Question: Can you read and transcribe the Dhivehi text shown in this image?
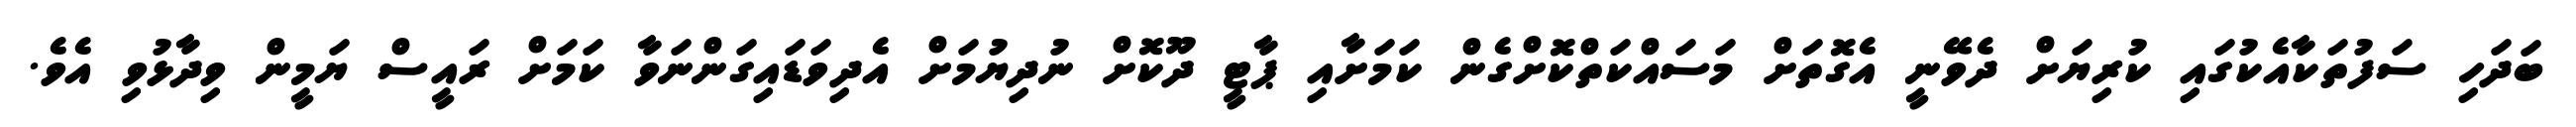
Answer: ބަދަހި ސަފުތަކާއެކުގައި ކުރިޔަށް ދެވޭނީ އެގޮތަށް މަސައްކަތްކޮށްގެން ކަމަށާއި ޕާޓީ ދޫކޮށް ނުދިޔުމަށް އެދިވަޑައިގަންނަވާ ކަމަށް ރައީސް ޔަމީން ވިދާޅުވި އެވެ.